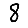
Digit: 8